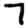
Digit: 7